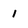
Character: 1